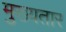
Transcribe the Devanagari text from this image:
मुख्यतार